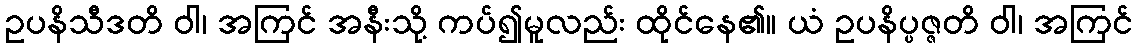
ဥပနိသီဒတိ ဝါ၊ အကြင် အနီးသို့ ကပ်၍မူလည်း ထိုင်နေ၏။ ယံ ဥပနိပ္ပဇ္ဇတိ ဝါ၊ အကြင်